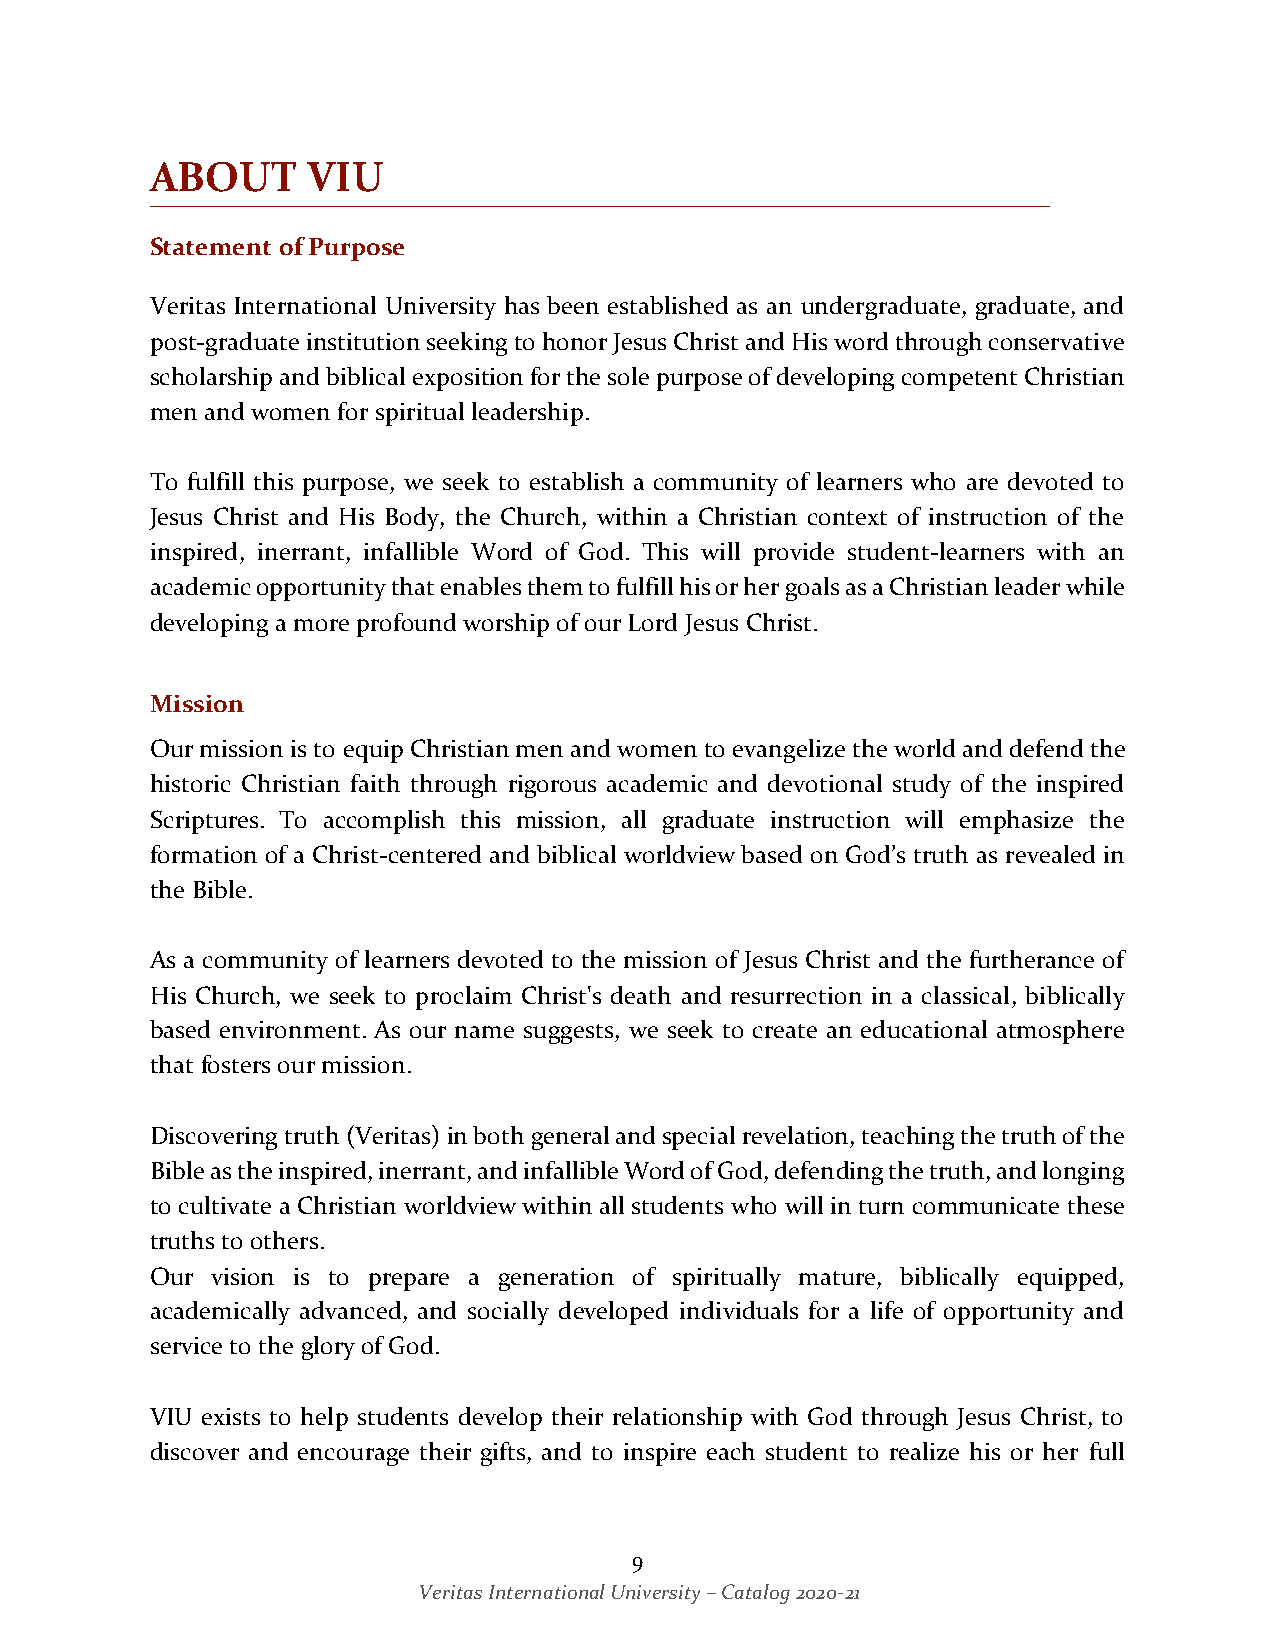
ABOUT     VIU
 Statement of Purpose
 Veritas International University has been established as an undergraduate, graduate, and
 post-graduate institution seeking to honor Jesus Christ and His word through conservative
 scholarship and biblical exposition for the sole purpose of developing competent Christian
 men and women for spiritual leadership.
 To fulfill this purpose, we seek to establish a community of learners who are devoted to
 Jesus Christ and His Body, the Church, within a Christian context of instruction of the
 inspired, inerrant, infallible Word of God. This will provide student-learners with an
 academic opportunity that enables them to fulfill his or her goals as a Christian leader while
 developing a more profound worship of our Lord Jesus Christ.
 Mission
 Our mission is to equip Christian men and women to evangelize the world and defend the
 historic Christian faith through rigorous academic and devotional study of the inspired
 Scriptures. To accomplish this mission, all graduate instruction will emphasize the
 formation of a Christ-centered and biblical worldview based on God’s truth as revealed in
 the Bible.
 As a community of learners devoted to the mission of Jesus Christ and the furtherance of
 His Church, we seek to proclaim Christ's death and resurrection in a classical, biblically
 based environment. As our name suggests, we seek to create an educational atmosphere
 that fosters our mission.
 Discovering truth (Veritas) in both general and special revelation, teaching the truth of the
 Bible as the inspired, inerrant, and infallible Word of God, defending the truth, and longing
 to cultivate a Christian worldview within all students who will in turn communicate these
 truths to others.
 Our vision is to prepare a generation of spiritually mature, biblically equipped,
 academically advanced, and socially developed individuals for a life of opportunity and
 service to the glory of God.
 VIU exists to help students develop their relationship with God through Jesus Christ, to
 discover and encourage their gifts, and to inspire each student to realize his or her full
 9
 Veritas International University – Catalog 2020-21